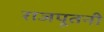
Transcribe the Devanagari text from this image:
राजपूतनी